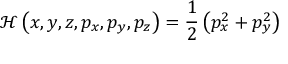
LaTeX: { \mathcal { H } } \left( x , y , z , p _ { x } , p _ { y } , p _ { z } \right) = { \frac { 1 } { 2 } } \left( p _ { x } ^ { 2 } + p _ { y } ^ { 2 } \right)